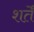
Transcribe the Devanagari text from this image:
शर्तेँ